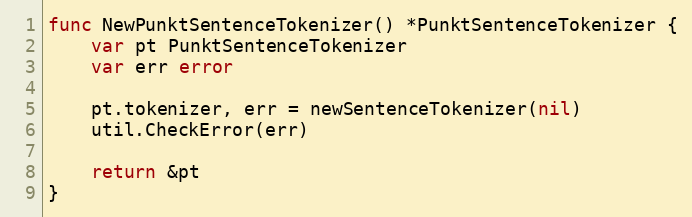
Language: Go
func NewPunktSentenceTokenizer() *PunktSentenceTokenizer {
	var pt PunktSentenceTokenizer
	var err error

	pt.tokenizer, err = newSentenceTokenizer(nil)
	util.CheckError(err)

	return &pt
}